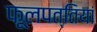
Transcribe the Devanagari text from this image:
फूलपत्तियां